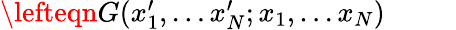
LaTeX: \begin{array}{rlr}{\lefteqn{G(x_{1}^{\prime},\dots x_{N}^{\prime};x_{1},\dots x_{N})\; \; \; \; \; \; \; \; \; }}\end{array}